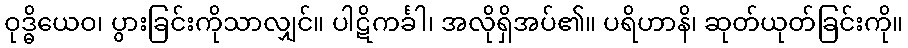
ဝုဒ္ဓိယေဝ၊ ပွားခြင်းကိုသာလျှင်။ ပါဋိကင်္ခါ၊ အလိုရှိအပ်၏။ ပရိဟာနိ၊ ဆုတ်ယုတ်ခြင်းကို။